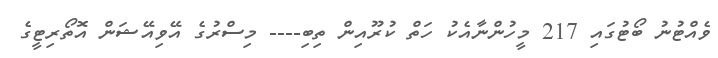
ވެއްޓުނު ބޯޓުގައި 217 މީހުންނާއެކު ހަތް ކުރޫއިން ތިބި---- މިސްރުގެ އޭވިއޭޝަން އޮތޯރިޓީގެ